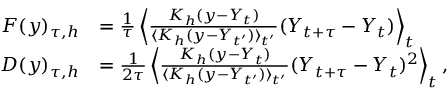
\begin{array} { r l } { F ( y ) _ { \tau , h } } & { = \frac { 1 } { \tau } \left\langle \frac { K _ { h } ( y - Y _ { t } ) } { \langle K _ { h } ( y - Y _ { t ^ { \prime } } ) \rangle _ { t ^ { \prime } } } ( Y _ { t + \tau } - Y _ { t } ) \right\rangle _ { t } } \\ { D ( y ) _ { \tau , h } } & { = \frac { 1 } { 2 \tau } \left\langle \frac { K _ { h } ( y - Y _ { t } ) } { \langle K _ { h } ( y - Y _ { t ^ { \prime } } ) \rangle _ { t ^ { \prime } } } ( Y _ { t + \tau } - Y _ { t } ) ^ { 2 } \right\rangle _ { t } , } \end{array}